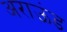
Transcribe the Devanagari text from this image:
अराऊंड